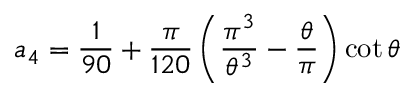
a _ { 4 } = \frac { 1 } { 9 0 } + \frac { \pi } { 1 2 0 } \left( \frac { \pi ^ { 3 } } { \theta ^ { 3 } } - \frac { \theta } { \pi } \right) \cot \theta